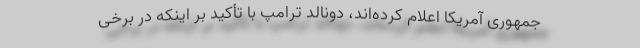
جمهوری آمریکا اعلام کرده‌اند، دونالد ترامپ با تأکید بر اینکه در برخی